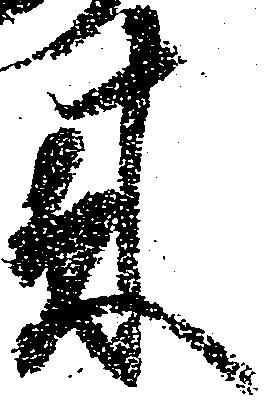
来